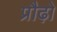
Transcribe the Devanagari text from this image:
प्रौढ़ो